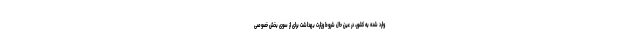
وارد شده به کشور، در عین حال شروط وزارت بهداشت برای از سوی بخش خصوصی